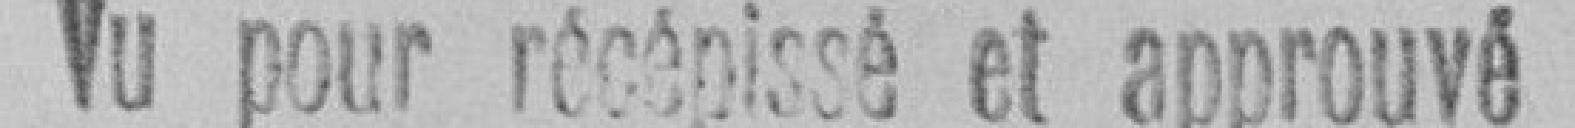
Vu pour récépissé et approuvé